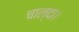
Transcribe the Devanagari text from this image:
चाल्दा।